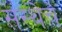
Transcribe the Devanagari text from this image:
संस्‍थेचे